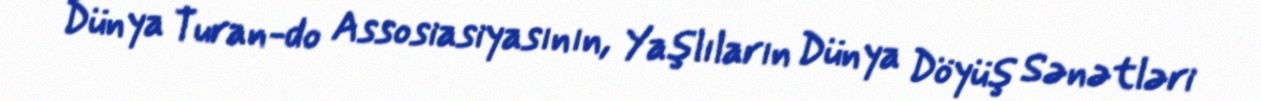
Dünya Turan-do Assosiasiyasının, Yaşlıların Dünya Döyüş Sənətləri